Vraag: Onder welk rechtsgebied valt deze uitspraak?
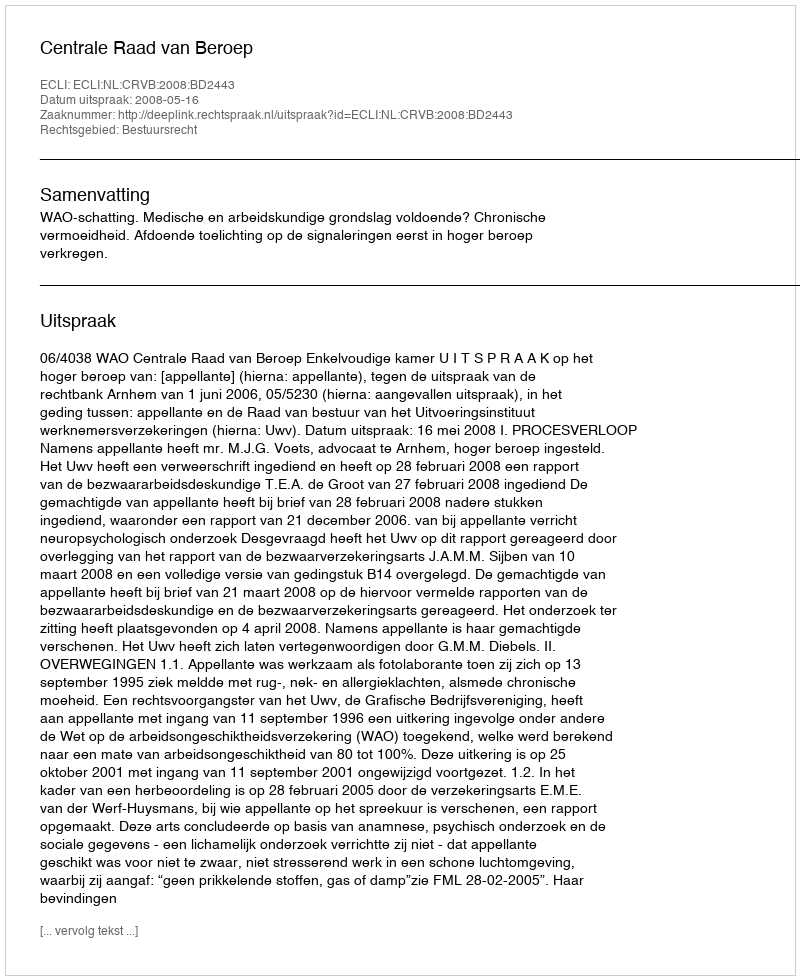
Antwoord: Bestuursrecht